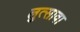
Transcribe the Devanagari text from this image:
लुत्सावा